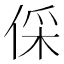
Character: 倸